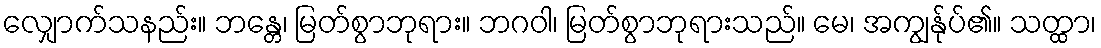
လျှောက်သနည်း။ ဘန္တေ၊ မြတ်စွာဘုရား။ ဘဂဝါ၊ မြတ်စွာဘုရားသည်။ မေ၊ အကျွန်ုပ်၏။ သတ္ထာ၊